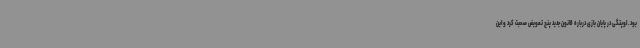
بود. لوپتگی در پایان بازی درباره قانون جدید پنج تعویض صحبت کرد و این